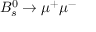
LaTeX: B _ { s } ^ { 0 } \rightarrow \mu ^ { + } \mu ^ { - }